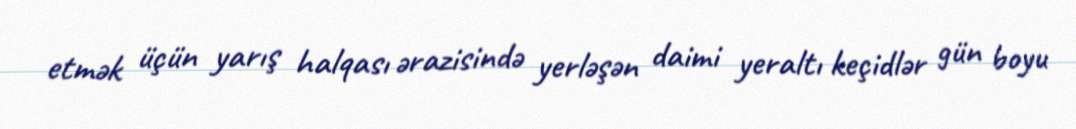
etmək üçün yarış halqası ərazisində yerləşən daimi yeraltı keçidlər gün boyu